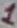
Text: 1